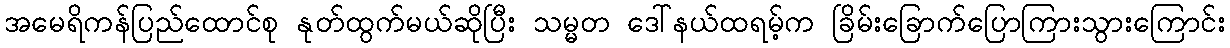
အမေရိကန်ပြည်ထောင်စု နုတ်ထွက်မယ်ဆိုပြီး သမ္မတ ဒေါ်နယ်ထရမ့်က ခြိမ်းခြောက်ပြောကြားသွားကြောင်း